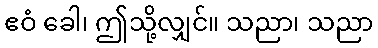
ဧဝံ ခေါ၊ ဤသို့လျှင်။ သညာ၊ သညာ